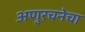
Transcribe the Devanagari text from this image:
अणुरचनेचा